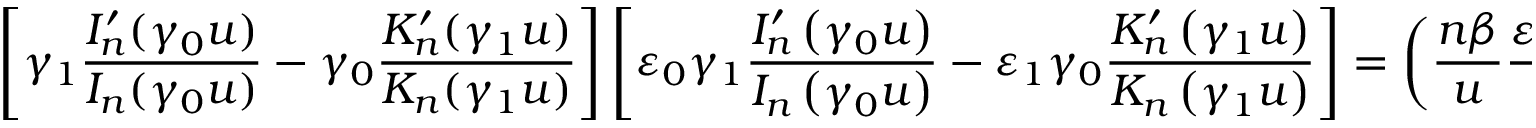
\left[ \gamma _ { 1 } \frac { I _ { n } ^ { \prime } ( \gamma _ { 0 } u ) } { I _ { n } ( \gamma _ { 0 } u ) } - \gamma _ { 0 } \frac { K _ { n } ^ { \prime } ( \gamma _ { 1 } u ) } { K _ { n } ( \gamma _ { 1 } u ) } \right] \left[ \varepsilon _ { 0 } \gamma _ { 1 } \frac { I _ { n } ^ { \prime } \left( \gamma _ { 0 } u \right) } { I _ { n } \left( \gamma _ { 0 } u \right) } - \varepsilon _ { 1 } \gamma _ { 0 } \frac { K _ { n } ^ { \prime } \left( \gamma _ { 1 } u \right) } { K _ { n } \left( \gamma _ { 1 } u \right) } \right] = \left( \frac { n \beta } { u } \frac { \varepsilon _ { 0 } - \varepsilon _ { 1 } } { \gamma _ { 0 } \gamma _ { 1 } } \right) ^ { 2 } ,